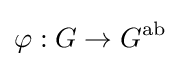
\varphi :G\rightarrow G^{\operatorname {ab} }